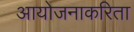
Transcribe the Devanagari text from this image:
आयोजनाकरिता